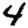
Digit: 4